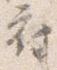
府